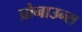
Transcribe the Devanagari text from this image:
प्रोनाउन्स